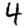
Digit: 4